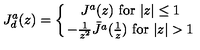
J _ { d } ^ { a } ( z ) = \left\{ { J ^ { a } ( z ) \ \mathrm { f o r } \ \vert z \vert \leq 1 } \atop { - { \frac { 1 } { z ^ { 2 } } } \bar { J } ^ { a } ( { \frac { 1 } { z } } ) \ \mathrm { f o r } \ \vert z \vert > 1 } \right. \